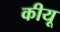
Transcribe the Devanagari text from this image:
कीयू